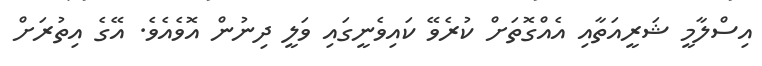
އިސްލާމީ ޝަރީއަތާއި އެެއްގޮތަށް ކުރެވޭ ކައިވެނީގައި ވަލީ ދިނުން އޮވެއެވެ. އޭގެ އިތުރަށް